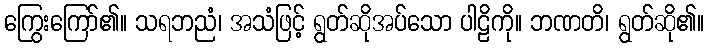
ကြွေးကြော်၏။ သရဘညံ၊ အသံဖြင့် ရွတ်ဆိုအပ်သော ပါဠိကို။ ဘဏတိ၊ ရွတ်ဆို၏။